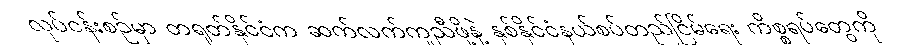
လုပ်ငန်းစဉ်မှာ တရုတ်နိုင်ငံက ဆက်လက်ကူညီဖို့နဲ့ နှစ်နိုင်ငံနယ်စပ်တည်ငြိမ်ရေး ကိစ္စရပ်တွေကို